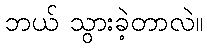
ဘယ် သွားခဲ့တာလဲ။